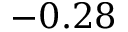
- 0 . 2 8